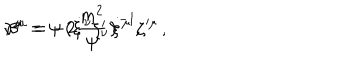
LaTeX: \nu ^ { \mu } = \psi \, \big ( \dot { \xi } { ^ \nu } \zeta _ { \nu } ^ { \prime } \big ) ^ { - 1 } \zeta { ^ { \prime \mu } } \, , \hspace { 1 c m } \beta ^ { \mu } = - 2 { \frac { m ^ { 2 } } { \psi } } \, \dot { \xi } { ^ \mu } \, ,